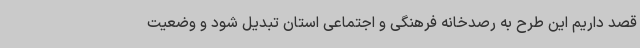
قصد داریم این طرح به رصدخانه فرهنگی و اجتماعی استان تبدیل شود و وضعیت